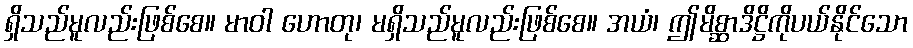
ရှိသည်မူလည်းဖြစ်စေ။ မာဝါ ဟောတု၊ မရှိသည်မူလည်းဖြစ်စေ။ အယံ၊ ဤမိစ္ဆာဒိဋ္ဌိကိုပယ်နိုင်သော